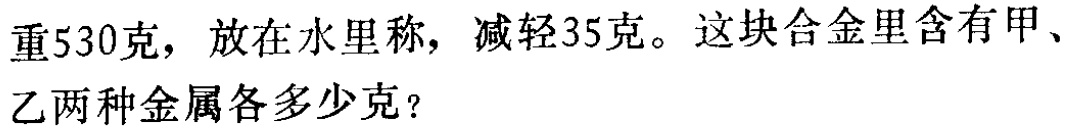
重530克，放在水里称，减轻35克。这块合金里含有甲、乙两种金属各多少克？